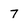
Character: 7